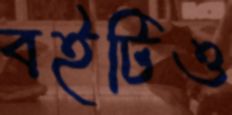
বইটিও